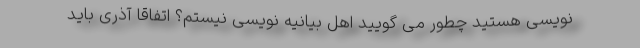
نویسی هستید چطور می گویید اهل بیانیه نویسی نیستم؟ اتفاقا آذری باید